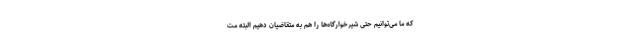
که ما می‌توانیم حتی شیرخوارگاه‌ها را هم به متقاضیان دهیم البته مت